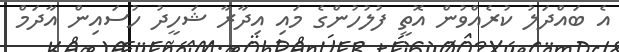
އެ ބައްދަލު ކުރެއްވުން އޮތީ ފުލުހުންގެ މައި އިދާރާ ޝަހީދު ހުސައިން އާދަމް